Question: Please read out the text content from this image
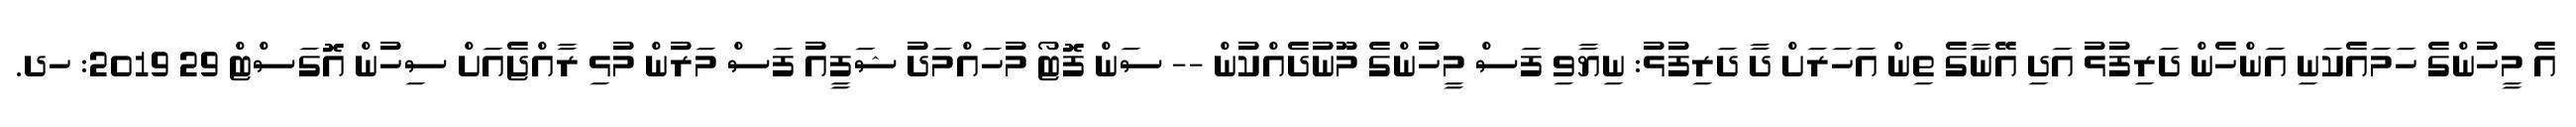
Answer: އެ މީހުންގެ ހަމައެކަނި އަންހެން ދަރިފުޅު އަދި އޭނާގެ ތިން އަހަރަށް ދާ ދަރިފުޅު: ނިޔާވި ފަސް މީހުންގެ މޫނުދެއްކުން -- ސަން ފޮޓޯ މުހައްމަދު ޝަފީއު ފަސް މަރުން މުޅި ރާއްޖެއަށް ސިހުން އޮގަސްޓް 29 2019: ހދ.